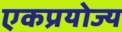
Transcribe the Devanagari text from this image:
एकप्रयोज्य